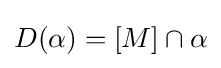
D(\alpha )=[M]\cap \alpha